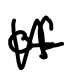
Text: of
Cross-out: zig-zag
Writing tool: digital_black